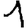
Digit: 1